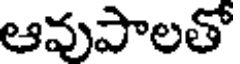
ఆవుపాలతో